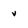
Character: v